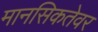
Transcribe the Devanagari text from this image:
मानसिकतेवर